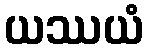
ယဿယံ